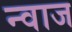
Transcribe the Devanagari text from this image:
न्वाज